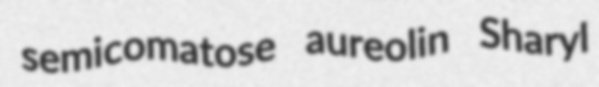
semicomatose aureolin Sharyl